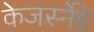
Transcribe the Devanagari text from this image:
केजर्स्नेडे